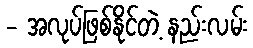
- အလုပ်ဖြစ်နိုင်တဲ့ နည်းလမ်း